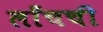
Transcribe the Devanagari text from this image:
लाँचची